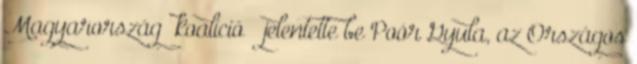
Magyarország” koalíció – jelentette be Poór Gyula, az Országos